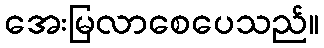
အေးမြလာစေပေသည်။